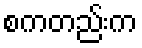
စကတည်းက